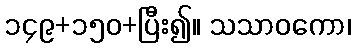
၁၄၉+၁၅၀+ပြီး၍။ သသာဝကော၊